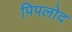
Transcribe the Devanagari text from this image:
पिपलोद